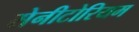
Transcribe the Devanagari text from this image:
सेनीटोरियम